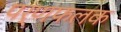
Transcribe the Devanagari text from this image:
पर्णफलक